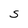
Character: S